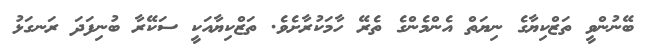
ބޭނުންވީ ތަޒްކިޔާގެ ނިޔަތް އެންމެންގެ ތެރޭ ހާމަކުރާށެވެ. ތަޒްކިޔާއަކީ ސަކޭރާ ބުނިފަދަ ރަނގަޅު